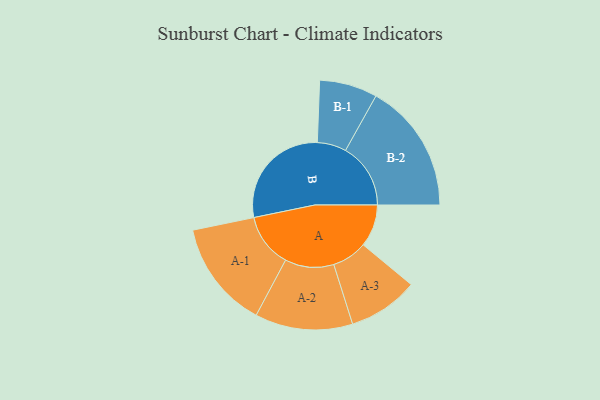
{"axis": {"x": "Segment", "y": "Value"}, "legend": ["", "A", "B"], "data": [{"x": "A", "y": 177, "type": ""}, {"x": "B", "y": 464, "type": ""}, {"x": "A-1", "y": 225, "type": "A"}, {"x": "A-2", "y": 204, "type": "A"}, {"x": "A-3", "y": 147, "type": "A"}, {"x": "B-1", "y": 121, "type": "B"}, {"x": "B-2", "y": 272, "type": "B"}]}